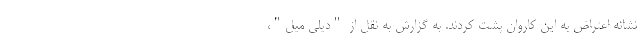
نشانه اعتراض به این کاروان پشت کردند. به گزارش به نقل از "دیلی میل"،